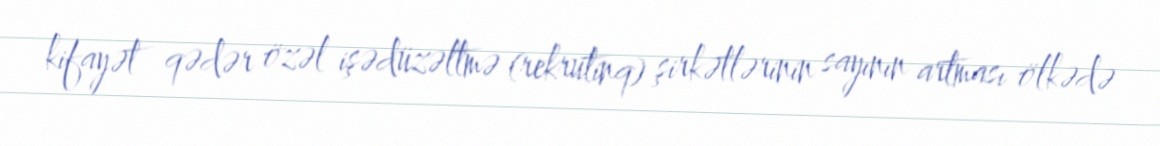
kifayət qədər özəl işədüzəltmə (rekrutinq) şirkətlərinin sayının artması ölkədə